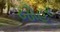
જૌહર